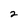
Character: 2